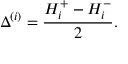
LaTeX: \Delta ^ { ( i ) } = \frac { H _ { i } ^ { + } - H _ { i } ^ { - } } { 2 } .